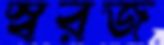
স্বরজ